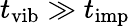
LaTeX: t_{\mathrm{vib}}\gg t_{\mathrm{imp}}